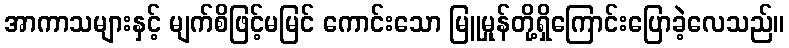
အာကာသများနှင့် မျက်စိဖြင့်မမြင် ကောင်းသော မြူမှုန်တို့ရှိကြောင်းပြောခဲ့လေသည်။